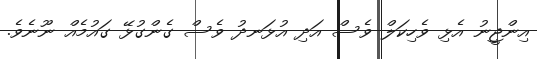
އިންޖީނު އެޅި ވެހިކަލް ވެސް އަދި އުޅަނދު ވެސް ގެންގުޅޭ ގައުމެއް ނޫނެވެ.